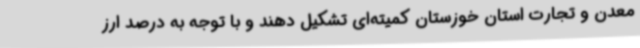
معدن و تجارت استان خوزستان کمیته‌ای تشکیل دهند و با توجه به درصد ارز